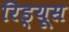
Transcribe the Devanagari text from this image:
रिड्यूस